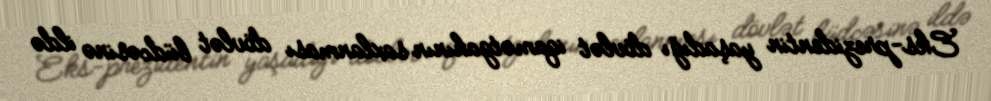
Eks-prezidentin yaşadığı dövlət iqamətgahının saxlanması dövlət büdcəsinə ildə